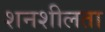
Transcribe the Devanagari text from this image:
शनशीलता